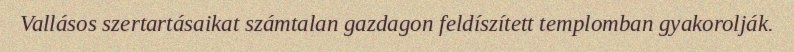
Vallásos szertartásaikat számtalan gazdagon feldíszített templomban gyakorolják.